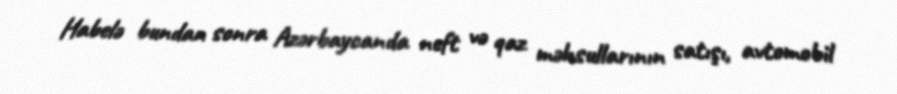
Habelə bundan sonra Azərbaycanda neft və qaz məhsullarının satışı, avtomobil